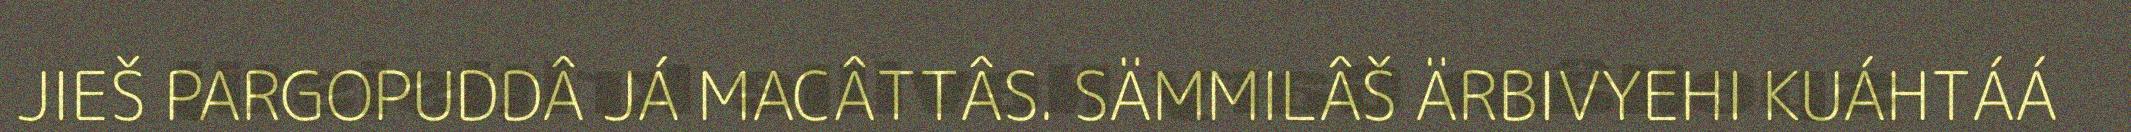
JIEŠ PARGOPUDDÂ JÁ MACÂTTÂS. SÄMMILÂŠ ÄRBIVYEHI KUÁHTÁÁ